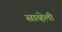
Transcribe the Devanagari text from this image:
साव्हेली